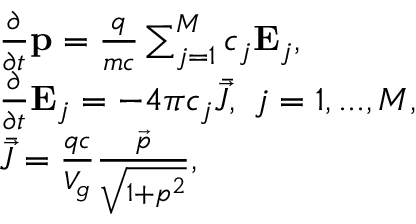
\begin{array} { r l } & { \frac { \partial } { \partial t } \mathbf { p } = \frac { q } { m c } \sum _ { j = 1 } ^ { M } c _ { j } \mathbf { E } _ { j } , } \\ & { \frac { \partial } { \partial t } \mathbf { E } _ { j } = - 4 \pi c _ { j } \bar { \vec { J } } , \ j = 1 , . . . , M , } \\ & { \bar { \vec { J } } = \frac { q c } { V _ { g } } \frac { \vec { p } } { \sqrt { 1 + p ^ { 2 } } } , } \end{array}